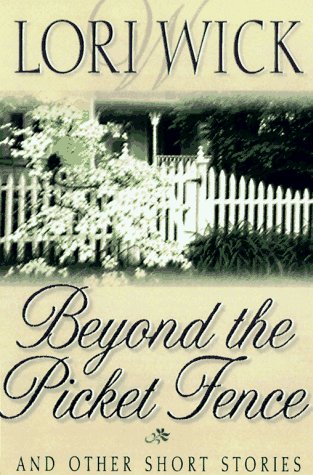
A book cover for Beyond the Picket Fence: And Other Short Stories; Lori Wick; Religion & Spirituality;